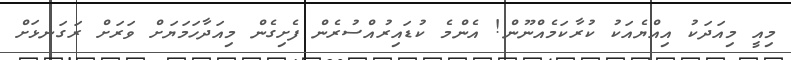
މިއީ މިއަދަކު އިއްޔެއަކު ކުރާކަމެއްނޫން! އެންމެ ކުޑައިރުއްސުރެން ފެށިގެން މިއަދާހަމަޔަށް ވަރަށް ރަގަނޅަށް